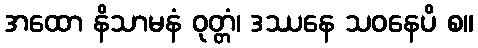
အထော နိသာမနံ ဝုတ္တံ၊ ဒဿနေ သဝနေပိ စ။